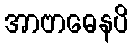
အာဗာဓေနပိ